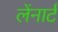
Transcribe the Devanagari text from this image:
लेंनार्ट